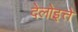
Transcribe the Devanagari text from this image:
देलोइत्ते